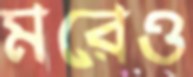
মরেও